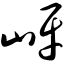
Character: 岈